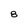
Character: B